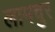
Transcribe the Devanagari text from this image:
लामचुर